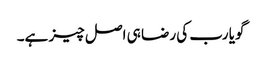
گویا رب کی رضا ہی اصل چیز ہے۔